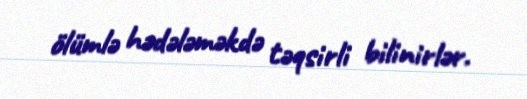
ölümlə hədələməkdə təqsirli bilinirlər.